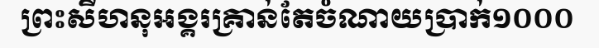
ព្រះសីហនុអង្គរគ្រាន់តែចំណាយប្រាក់១០០០